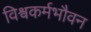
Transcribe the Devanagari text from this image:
विश्वकर्मभौवन